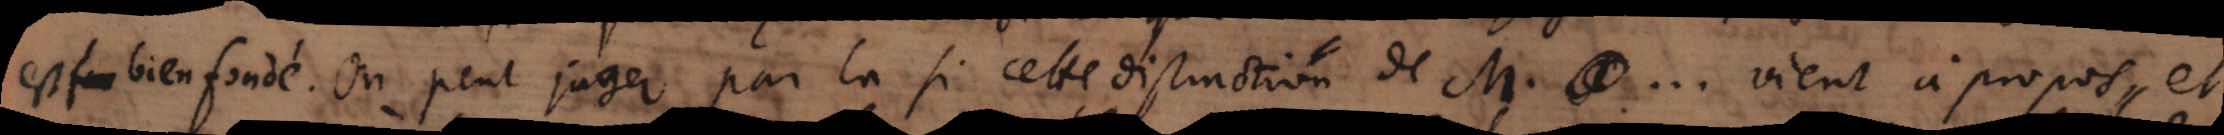
est bien fondé. On peut juger par la si cette distinction de M. ... vient à propos et